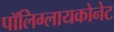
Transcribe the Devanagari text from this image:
पॉलिग्लायकोनेट